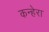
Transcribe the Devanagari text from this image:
कन्हेरा